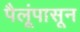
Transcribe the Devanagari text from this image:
पैलूंपासून